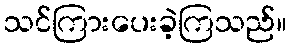
သင်ကြားပေးခဲ့ကြသည်။